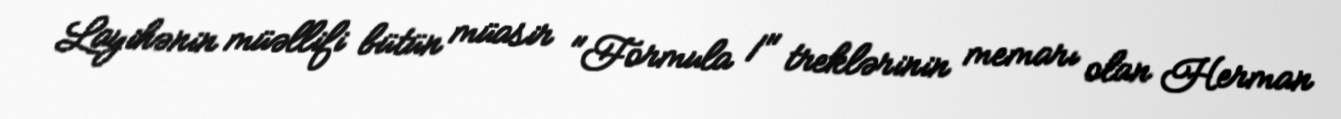
Layihənin müəllifi bütün müasir "Formula 1" treklərinin memarı olan Herman